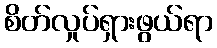
စိတ်လှုပ်ရှားဖွယ်ရာ